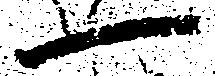
一